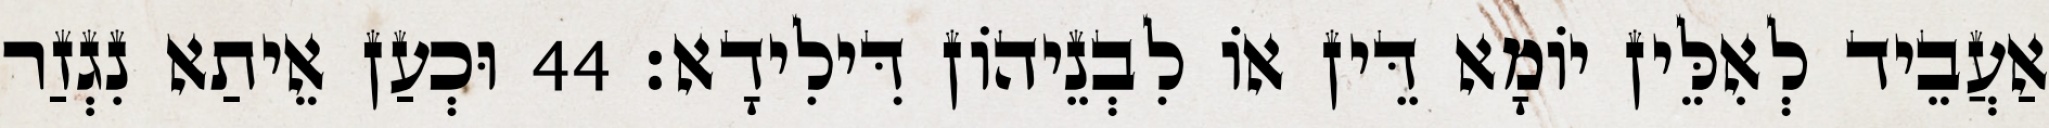
אַעֲבֵיד לְאִלֵּין יוֹמָא דֵּין אוֹ לִבְנֵיהוֹן דִּילִידָא׃ 44 וּכְעַן אֵיתַא נִגְזַר